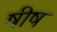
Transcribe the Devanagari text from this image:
षीष